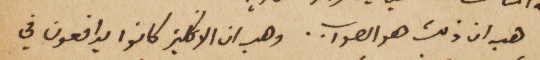
هب ان ذلك هو الصواب. وهب ان الانكليز كانوا يدافعون في